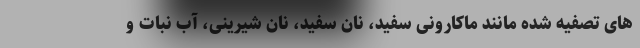
های تصفیه شده مانند ماکارونی سفید، نان سفید، نان شیرینی، آب نبات و